Vaccination in Bombay 1874-1876 - 1874-1876
Year: 1874
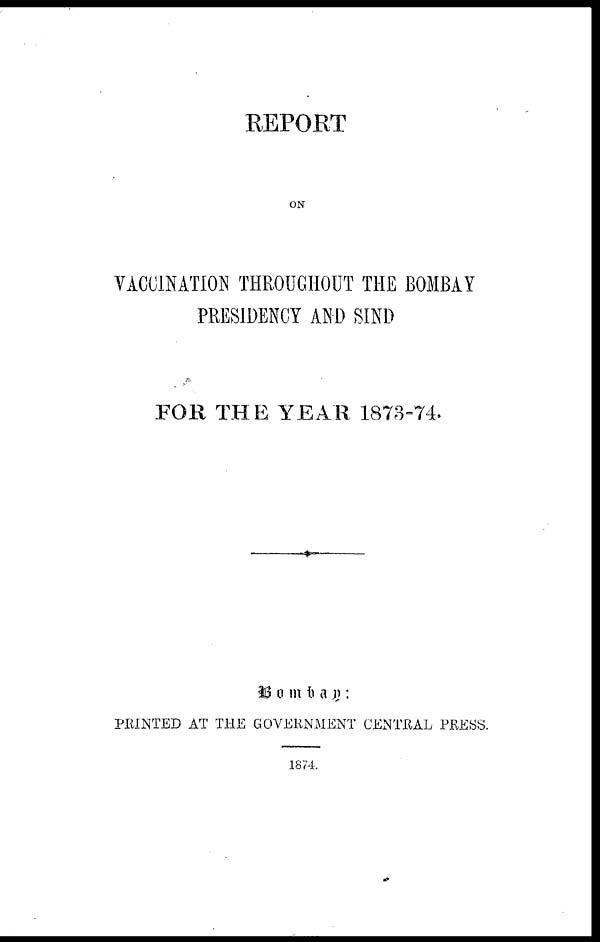
REPORT
ON
VACCINATION THROUGHOUT THE BOMBAY
PRESIDENCY AND SIND
FOR THE YEAR 1873-74.
Bombay
:
PRINTED AT THE GOVERNMENT CENTRAL PRESS.
1874.